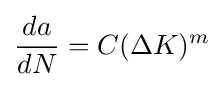
{\frac {da}{dN}}=C(\Delta K)^{m}